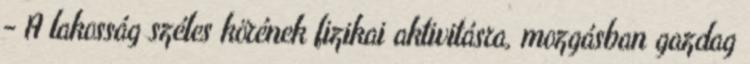
- A lakosság széles körének fizikai aktivitásra, mozgásban gazdag